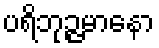
ပရိဘုဉ္ဇမာနော